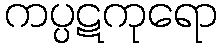
ကပ္ပဋကုရော